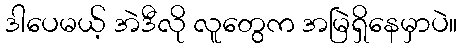
ဒါပေမယ့် အဲဒီလို လူတွေက အမြဲရှိနေမှာပဲ။